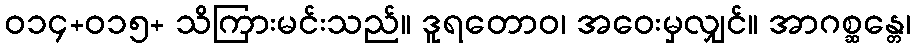
ဝ၁၄+ဝ၁၅+ သိကြားမင်းသည်။ ဒူရတောဝ၊ အဝေးမှလျှင်။ အာဂစ္ဆန္တေ၊